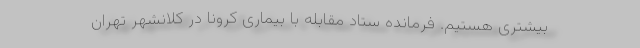
بیشتری هستیم. فرمانده ستاد مقابله با بیماری کرونا در کلانشهر تهران